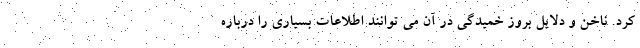
کرد. ناخن و دلایل بروز خمیدگی در آن می توانند اطلاعات بسیاری را درباره